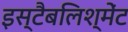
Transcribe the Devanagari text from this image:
इस्टैबलिश्मेंट